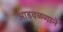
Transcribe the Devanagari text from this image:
आडवळणाने